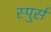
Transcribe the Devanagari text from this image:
स्पुर्स